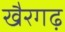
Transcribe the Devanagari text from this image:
खैरगढ़